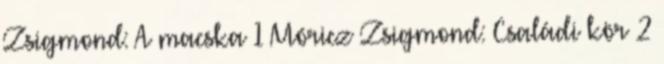
Zsigmond: A macska 1 Móricz Zsigmond: Családi kör 2